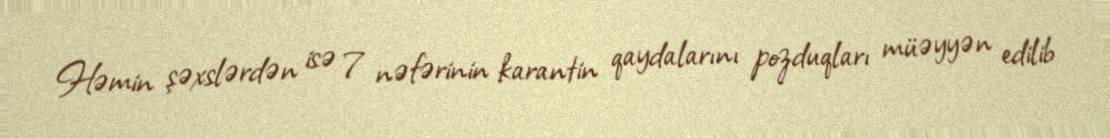
Həmin şəxslərdən isə 7 nəfərinin karantin qaydalarını pozduqları müəyyən edilib